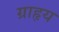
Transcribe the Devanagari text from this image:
ग्राहृय